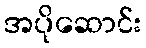
အပိုဆောင်း